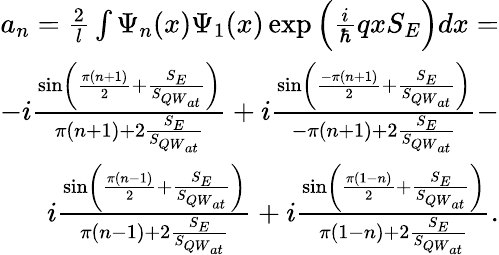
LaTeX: \begin{array}{r}{a_{n}=\frac{2}{l}\int\Psi_{n}(x)\Psi_{1}(x)\exp{\Big(\frac{i}{\hbar}qxS_{E}\Big)}dx=}\\ {-i\frac{\sin\left(\frac{\pi(n+1)}{2}+\frac{S_{E}}{S_{{QW}_{at}}}\right)}{\pi(n+1)+2\frac{S_{E}}{S_{{QW}_{at}}}}+i\frac{\sin\left(\frac{-\pi(n+1)}{2}+\frac{S_{E}}{S_{{QW}_{at}}}\right)}{-\pi(n+1)+2\frac{S_{E}}{S_{{QW}_{at}}}}-}\\ {i\frac{\sin\left(\frac{\pi(n-1)}{2}+\frac{S_{E}}{S_{{QW}_{at}}}\right)}{\pi(n-1)+2\frac{S_{E}}{S_{{QW}_{at}}}}+i\frac{\sin\left(\frac{\pi(1-n)}{2}+\frac{S_{E}}{S_{{QW}_{at}}}\right)}{\pi(1-n)+2\frac{S_{E}}{S_{{QW}_{at}}}}.}\end{array}